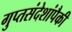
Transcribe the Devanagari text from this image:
गुप्तसंदेशांपैकी